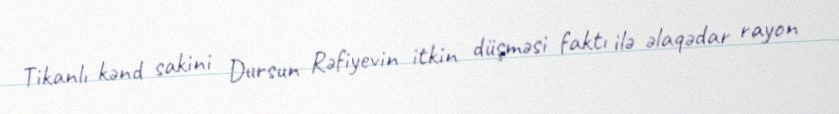
Tikanlı kənd sakini Dursun Rəfiyevin itkin düşməsi faktı ilə əlaqədar rayon